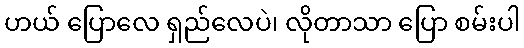
ဟယ် ပြောလေ ရှည်လေပဲ၊ လိုတာသာ ပြော စမ်းပါ